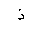
Letter: _thal